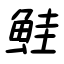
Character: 鮭